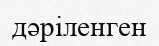
дәріленген